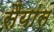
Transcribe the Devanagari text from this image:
सैयांस